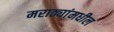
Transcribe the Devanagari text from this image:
मराठ्यांमधील